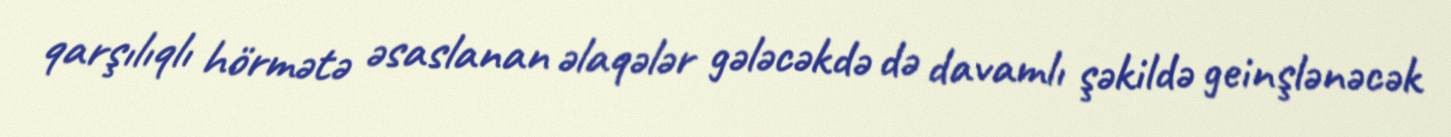
qarşılıqlı hörmətə əsaslanan əlaqələr gələcəkdə də davamlı şəkildə geinşlənəcək